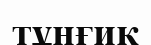
тұңғиқ